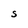
Character: S